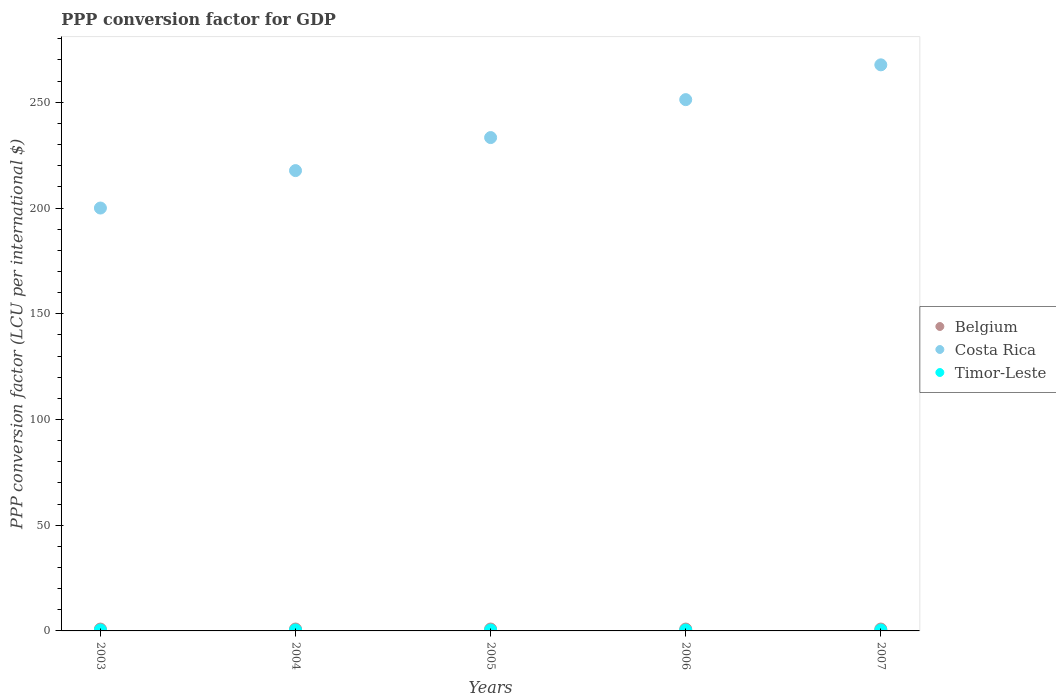
| Years | Belgium | Costa Rica | Timor-Leste |
 | --- | --- | --- | --- |
 | 2003 | 0.877 | 200 | 0.425 |
 | 2004 | 0.896 | 218 | 0.423 |
 | 2005 | 0.9 | 233 | 0.407 |
 | 2006 | 0.882 | 251 | 0.395 |
 | 2007 | 0.887 | 268 | 0.416 |